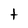
Character: t